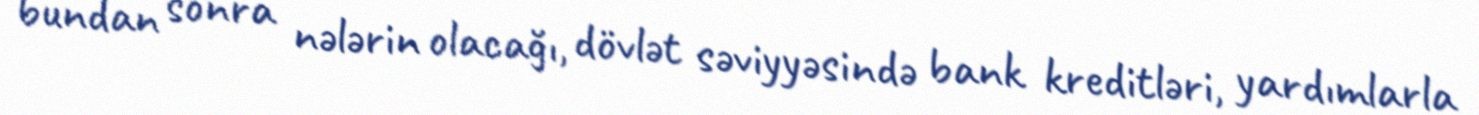
bundan sonra nələrin olacağı, dövlət səviyyəsində bank kreditləri, yardımlarla